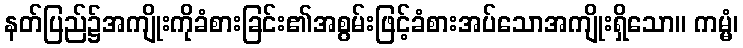
နတ်ပြည်၌အကျိုးကိုခံစားခြင်း၏အစွမ်းဖြင့်ခံစားအပ်သောအကျိုးရှိသော။ ကမ္မံ၊